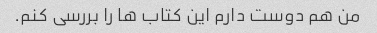
من هم دوست دارم این کتاب ها را بررسی کنم.